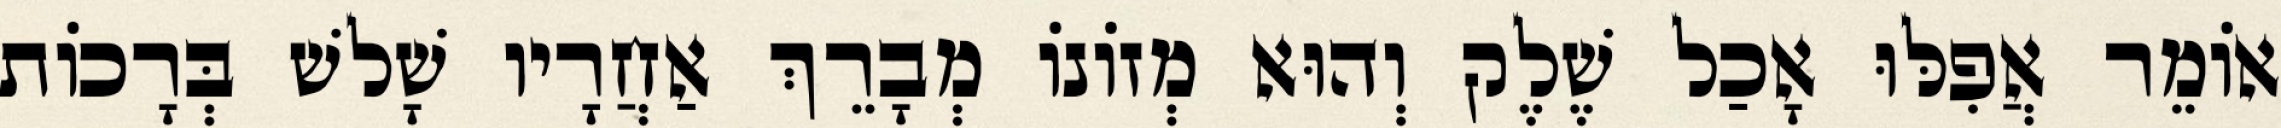
אוֹמֵר אֲפִלּוּ אָכַל שֶׁלֶק וְהוּא מְזוֹנוֹ מְבָרֵךְ אַחֲרָיו שָׁלשׁ בְּרָכוֹת